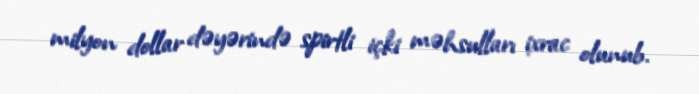
milyon dollar dəyərində spirtli içki məhsulları ixrac olunub.